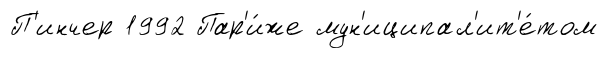
П'инчер 1992 Пар'и́же мун'иципал'ит'е́том